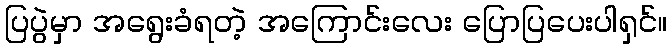
ပြပွဲမှာ အရွေးခံရတဲ့ အကြောင်းလေး ပြောပြပေးပါရှင်။